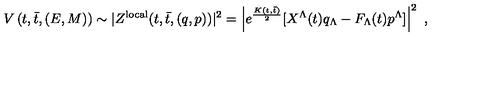
V \left( t , \bar { t } , ( E , M ) \right) \sim | Z ^ { \mathrm { l o c a l } } ( t , \bar { t } , ( q , p ) ) | ^ { 2 } = \left| e ^ { \frac { K ( t , \bar { t } ) } { 2 } } [ X ^ { \Lambda } ( t ) q _ { \Lambda } - F _ { \Lambda } ( t ) p ^ { \Lambda } ] \right| ^ { 2 } \ ,